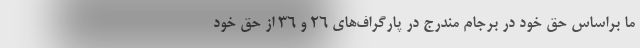
ما براساس حق خود در برجام مندرج در پارگراف‌های ۲۶ و ۳۶ از حق خود